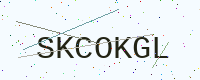
Text: SKCOKGL